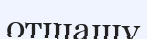
отшашу